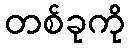
တစ်ခုကို